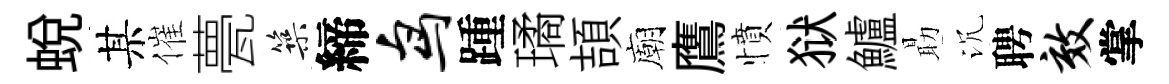
蜕某催甍築締鸟踵璚頡廟鷹憤狱鱸朂沉聘效掌